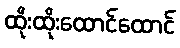
ထိုးထိုးထောင်ထောင်